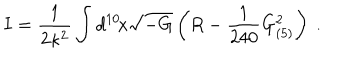
I = \frac { 1 } { 2 \kappa ^ { 2 } } \int d ^ { 1 0 } \! x \sqrt { - G } \left( R - \frac { 1 } { 2 4 0 } G _ { ( 5 ) } ^ { 2 } \right) \ .